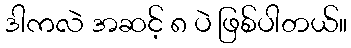
ဒါကလဲ အဆင့် ၈ ပဲ ဖြစ်ပါတယ်။